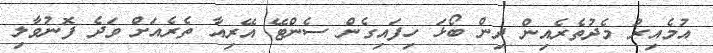
އުމެއިރު މެދުތެރެއިން ދިން ބޯޅަ ހިފައިގެން ސެންޓޭ އޭރިއާ ތެރެއަށް ވަދެ ފޮނުވާލި